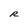
Character: R